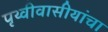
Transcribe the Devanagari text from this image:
पृथ्वीवासीयांचा